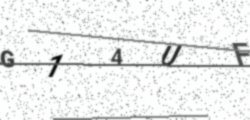
Text: G14UF